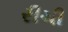
રીચી